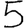
Digit: 5